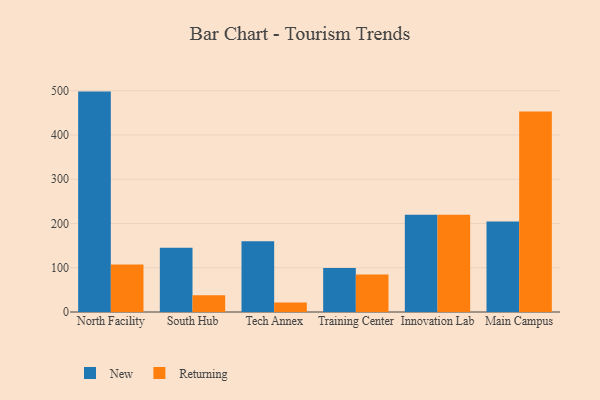
{"axis": {"x": "Campus", "y": "Tickets Resolved"}, "legend": ["New", "Returning"], "data": [{"x": "North Facility", "y": 498.0, "type": "New"}, {"x": "North Facility", "y": 107.1, "type": "Returning"}, {"x": "South Hub", "y": 144.9, "type": "New"}, {"x": "South Hub", "y": 38.1, "type": "Returning"}, {"x": "Tech Annex", "y": 159.8, "type": "New"}, {"x": "Tech Annex", "y": 21.2, "type": "Returning"}, {"x": "Training Center", "y": 99.3, "type": "New"}, {"x": "Training Center", "y": 84.7, "type": "Returning"}, {"x": "Innovation Lab", "y": 220.0, "type": "New"}, {"x": "Innovation Lab", "y": 219.6, "type": "Returning"}, {"x": "Main Campus", "y": 204.5, "type": "New"}, {"x": "Main Campus", "y": 453.1, "type": "Returning"}]}